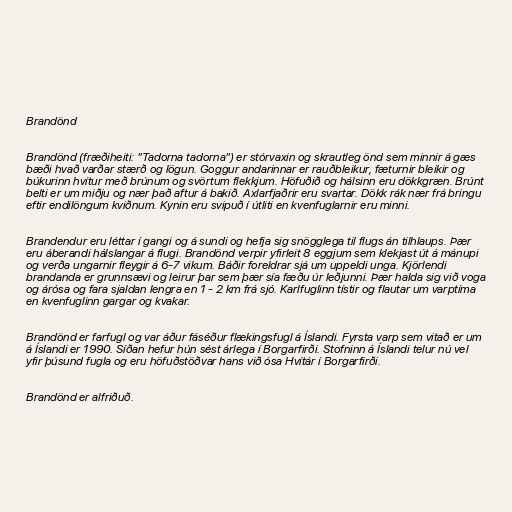
Brandönd

Brandönd (fræðiheiti: "Tadorna tadorna") er stórvaxin og skrautleg önd sem minnir á gæs
bæði hvað varðar stærð og lögun. Goggur andarinnar er rauðbleikur, fæturnir bleikir og
búkurinn hvítur með brúnum og svörtum flekkjum. Höfuðið og hálsinn eru dökkgræn. Brúnt
belti er um miðju og nær það aftur á bakið. Axlarfjaðrir eru svartar. Dökk rák nær frá bringu
eftir endilöngum kviðnum. Kynin eru svipuð í útliti en kvenfuglarnir eru minni.

Brandendur eru léttar í gangi og á sundi og hefja sig snögglega til flugs án tilhlaups. Þær
eru áberandi hálslangar á flugi. Brandönd verpir yfirleit 8 eggjum sem klekjast út á mánupi
og verða ungarnir fleygir á 6-7 vikum. Báðir foreldrar sjá um uppeldi unga. Kjörlendi
brandanda er grunnsævi og leirur þar sem þær sía fæðu úr leðjunni. Þær halda sig við voga
og árósa og fara sjaldan lengra en 1 - 2 km frá sjó. Karlfuglinn tístir og flautar um varptíma
en kvenfuglinn gargar og kvakar.

Brandönd er farfugl og var áður fáséður flækingsfugl á Íslandi. Fyrsta varp sem vitað er um
á Íslandi er 1990. Síðan hefur hún sést árlega í Borgarfirði. Stofninn á Íslandi telur nú vel
yfir þúsund fugla og eru höfuðstöðvar hans við ósa Hvítár í Borgarfirði.

Brandönd er alfriðuð.